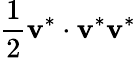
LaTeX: \frac{1}{2}{{\mathbf{v}}^{*}}\cdot{{\mathbf{v}}^{*}}{{\mathbf{v}}^{*}}